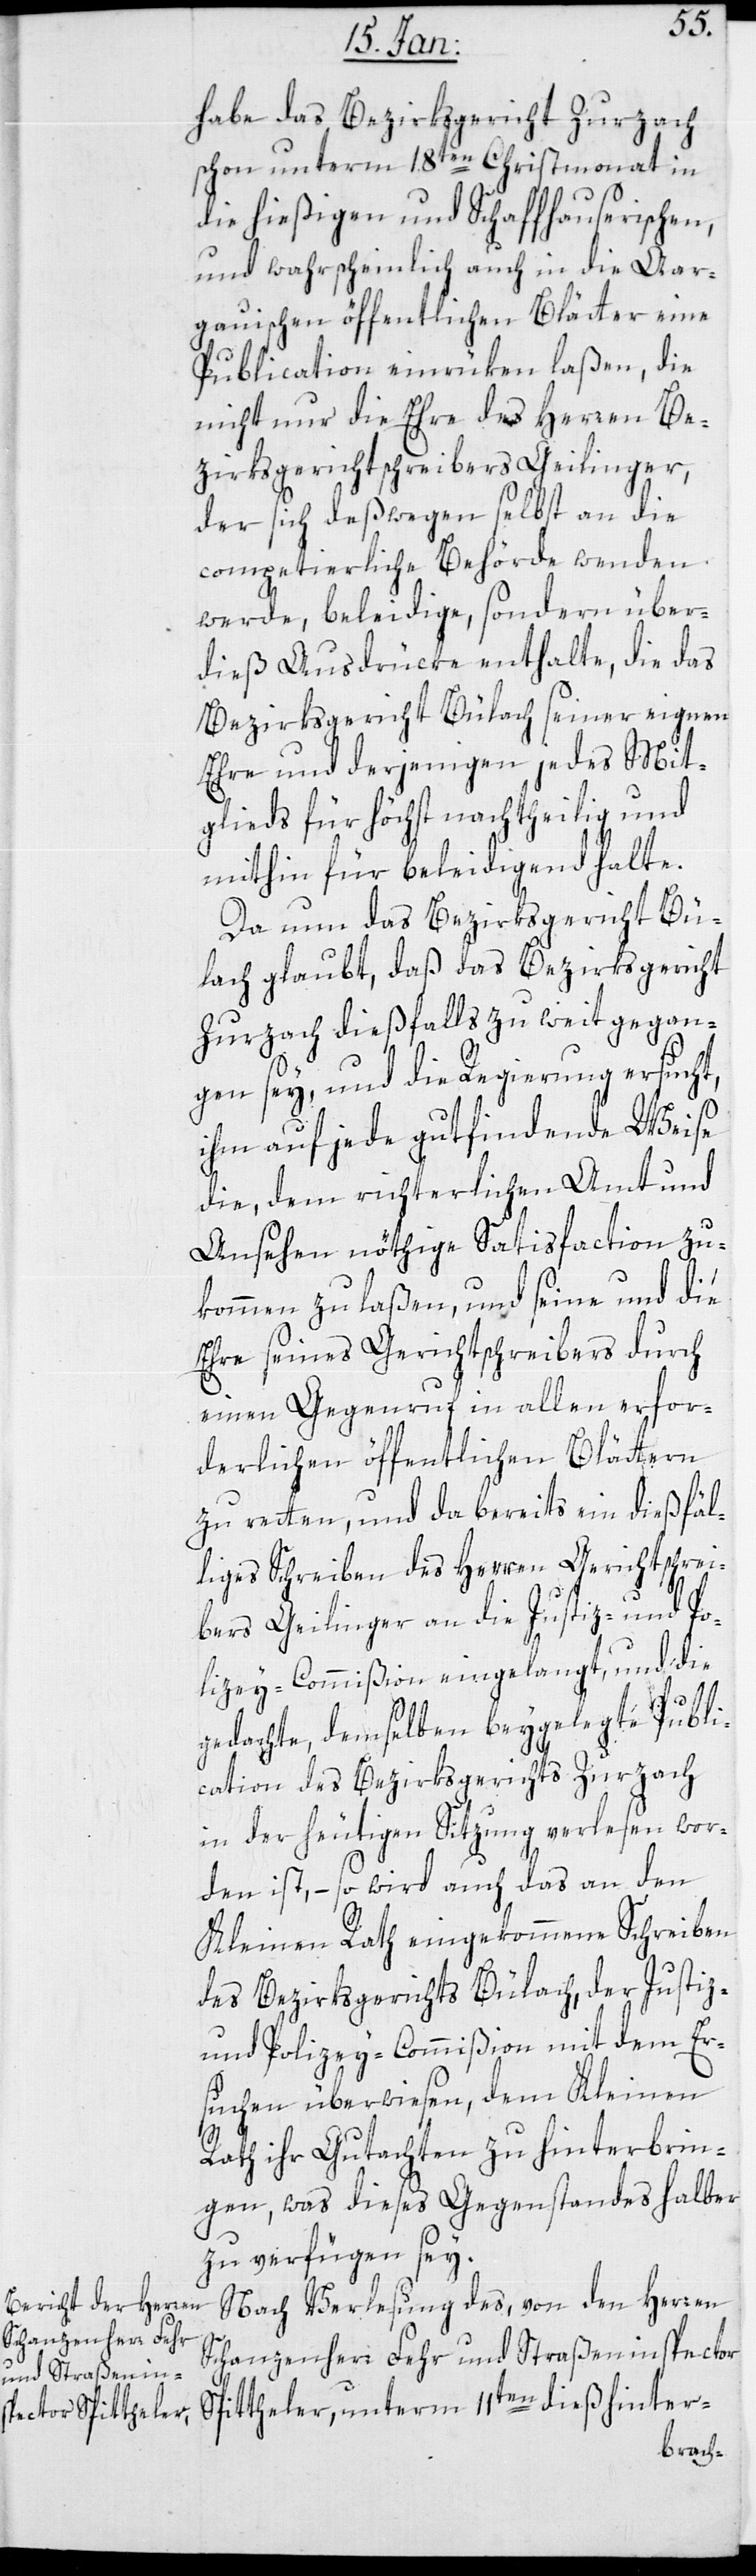
habe das Bezirksgericht Zurzach
schon unterm 18ten Christmonat in
die hießigen und Schaffhauserischen,
und wahrscheinlich auch in die Aar¬
gauischen öffentlichen Blätter eine
Publication einrücken laßen, die
nicht nur die Ehre des Herren Be¬
zirksgerichtschreibers Geilinger,
der sich deßwegen selbst an die
competierliche Behörde wenden
werde, beleidige, sondern über¬
dieß Ausdrücke enthalte, die das
Bezirksgericht Bülach seiner eignen
Ehre und derjenigen jedes Mit¬
glieds für höchst nachtheilig und
mithin für beleidigend halte.
Da nun das Bezirksgericht Bü¬
lach glaubt, daß das Bezirksgericht
Zurzach dießfalls zu weit gegan¬
gen sey, und die Regierung ersucht,
ihm auf jede gut findende Weise
die, dem richterlichen Amt und
Ansehen nöthige Satisfaction zu¬
kommen zu laßen, und seine und die
Ehre seines Gerichtschreibers durch
einen Gegenruf in allen erfor¬
derlichen öffentlichen Blättern
zu retten, und da bereits ein dießfäl¬
liges Schreiben des Herren Gerichtschrei¬
bers Geilinger an die Justiz- und Po¬
lizey-Commißion eingelangt, und die
gedachte, demselben beygelegte Publi¬
cation des Bezirksgerichts Zurzach
in der heutigen Sitzung verlesen wor¬
den ist, – so wird auch das an den
Kleinen Rath eingekommene Schreiben
des Bezirksgerichts Bülach, der Justiz-
und Polizey-Commißion mit dem Er¬
suchen überwiesen, dem Kleinen
Rath ihr Gutachten zu hinterbrin¬
gen, was dieses Gegenstandes halber
zu verfügen sey.
Nach Verlesung des, von den Herren
Schanzenherr Fehr und Straßeninspector
Spitteler, unterm 11ten dieß hinter-